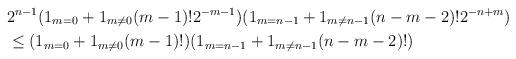
LaTeX: \begin{align*}&2^{n-1}(1_{m=0}+1_{m\neq 0}(m-1)!2^{-m-1})(1_{m=n-1}+1_{m\neq n-1}(n-m-2)!2^{-n+m})\\&\le (1_{m=0}+1_{m\neq 0}(m-1)!)(1_{m=n-1}+1_{m\neq n-1}(n-m-2)!)\end{align*}